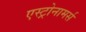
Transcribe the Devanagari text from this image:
एस्ट्रोनामर्स